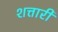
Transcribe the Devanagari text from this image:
शत्तारी